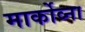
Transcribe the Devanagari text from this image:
मार्कोव्ना